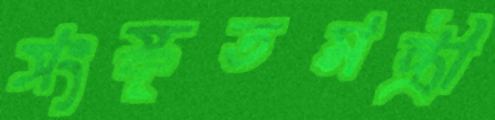
সংস্কৃতমন্ত্রী